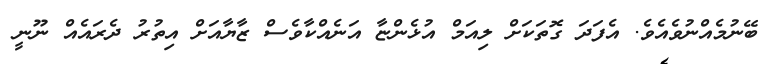
ބޭނުމެއްނުވެއެވެ. އެފަދަ ގޮތަކަށް ލިއަމް އުޅެންޏާ އަނެއްކާވެސް ޒާޔާއަށް އިތުރު ދެރައެއް ނޫނީ